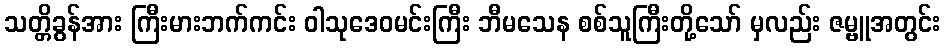
သတ္တိခွန်အား ကြီးမားဘက်ကင်း ဝါသုဒေဝမင်းကြီး ဘီမသေန စစ်သူကြီးတို့သော် မှလည်း ဇမ္ဗူအတွင်း